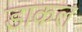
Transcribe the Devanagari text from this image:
डाकल